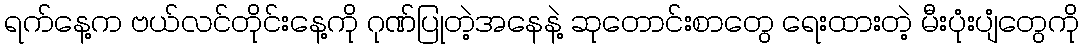
ရက်နေ့က ဗယ်လင်တိုင်းနေ့ကို ဂုဏ်ပြုတဲ့အနေနဲ့ ဆုတောင်းစာတွေ ရေးထားတဲ့ မီးပုံးပျံတွေကို